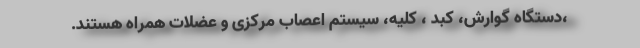
،دستگاه گوارش‌، کبد ، کلیه، سیستم اعصاب مرکزی و عضلات همراه هستند.